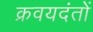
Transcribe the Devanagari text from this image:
क्रवयदंतों